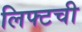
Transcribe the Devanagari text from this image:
लिफ्टची